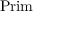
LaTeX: { \mathrm { P r i m } } \,